Plague in India, 1896, 1897 - Volume 3
Year: 1896
Disease focus: Plague
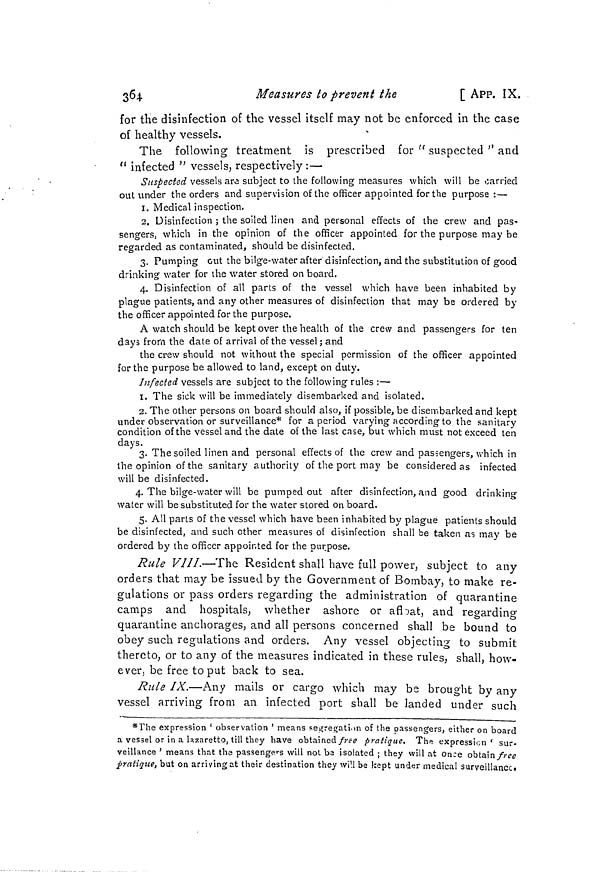
364
Measures to prevent the
[ APP. IX.
for the disinfection of the vessel itself may not be enforced in the case
of healthy vessels.
The following treatment is prescribed for " suspected " and
" infected " vessels, respectively :—
Suspected vessels are subject to the following measures which will be carried
out under the orders and supervision of the officer appointed for the purpose :—
1. Medical inspection.
2. Disinfection ; the soiled linen and personal effects of the crew and pas-
sengers, which in the opinion of the officer appointed for the purpose may be
regarded as contaminated, should be disinfected.
3. Pumping cut the bilge-water after disinfection, and the substitution of good
drinking water for the water stored on board.
4. Disinfection of all parts of the vessel which have been inhabited by
plague patients, and any other measures of disinfection that may be ordered by
the officer appointed for the purpose.
A watch should be kept over the health of the crew and passengers for ten
days from the date of arrival of the vessel ; and
the crew should not without the special permission of the officer appointed
for the purpose be allowed to land, except on duty.
Infected vessels are subject to the following rules :—
1. The sick will be immediately disembarked and isolated.
2. The other persons on board should also, if possible, be disembarked and kept
under observation or surveillance* for a period varying according to the sanitary
condition of the vessel and the date of the last case, but which must not exceed ten
days.
3. The soiled linen and personal effects of the crew and passengers, which in
the opinion of the sanitary authority of the port may be considered as infected
will be disinfected.
4. The bilge-water will be pumped out after disinfection, and good drinking
water will be substituted for the water stored onboard.
5. All parts of the vessel which have been inhabited by plague patients should
be disinfected, and such other measures of disinfection shall be taken as may be
ordered by the officer appointed for the purpose.
Rule VIII.—The Resident shall have full power, subject to any
orders that may be issued by the Government of Bombay, to make re-
gulations or pass orders regarding the administration of quarantine
camps and hospitals, whether ashore or afloat, and regarding
quarantine anchorages, and all persons concerned shall be bound to
obey such regulations and orders. Any vessel objecting to submit
thereto, or to any of the measures indicated in these rules, shall, how-
ever, be free to put back to sea.
Rule IX.—Any mails or cargo which may be brought by any
vessel arriving from an infected port shall be landed under such
*The expression ' observation ' means segregation of the passengers, either on board
a vessel or in a lazaretto, till they have obtained free pratique. Th« expression* sur-
veillance ' means that the passengers will not be isolated ; they will at once obtain free
pratique, but on arriving at their destination they will be kept under medical surveillance»